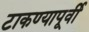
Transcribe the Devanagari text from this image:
टाकण्यापूर्वी